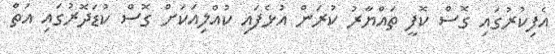
އެފިކުރުގައި ގޮސް ކޮފީ ތައްޔާރު ކުރަން އުޅެފައި ކުއްލިއަކަށް ގޮސް ކުޑަދޮރުގައި އަތް